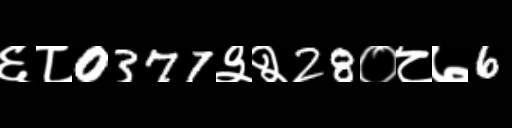
Text: ६८0377३२28०८७6